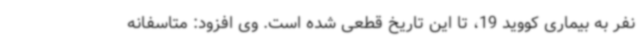
نفر به بیماری کووید 19، تا این تاریخ قطعی شده است. وی افزود: متاسفانه